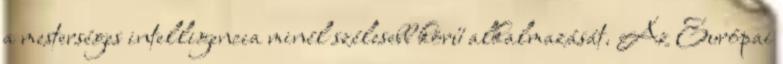
a mesterséges intelligencia minél szélesebb körű alkalmazását. Az Európai